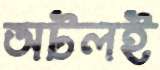
অটলই